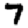
Digit: 7